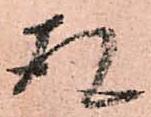
存